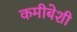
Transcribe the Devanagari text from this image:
कमीबेशी